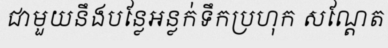
ជាមួយនឹងបន្លែអន្លក់ទឹកប្រហុក សណ្តែត